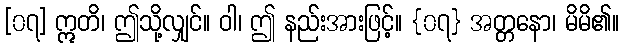
[၀၇] ဣတိ၊ ဤသို့လျှင်။ ဝါ၊ ဤ နည်းအားဖြင့်။ {၀၇} အတ္တနော၊ မိမိ၏။